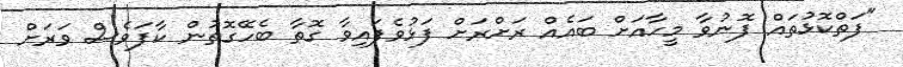
"ފަތްކޮޅުތައް ފޮނުވާ މީހާއަށް ބައެއް ރަށްރަށް ފަޅުވެފައިވާ ގޮތާ ބެހޭގޮތުން ކާފަވެސް ވަރަށް